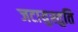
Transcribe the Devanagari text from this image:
जटायुस्तुति